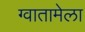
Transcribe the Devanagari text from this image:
ग्वातामेला